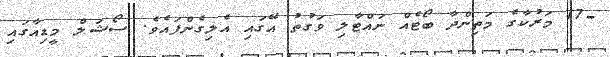
-17 މަރުކާގެ މަތިންދާ ބޯޓެއް ނައްޓާލި ވަގުތު އޭގައި އެލިގެންފައެވެ. ސޯޝަލް މީޑިއާގައި